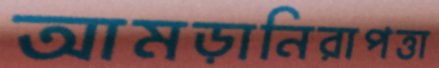
আমড়ানিরাপত্তা